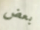
بعض